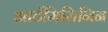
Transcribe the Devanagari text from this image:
आर्टमिसिनिन